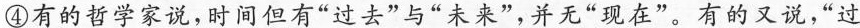
④有的哲学家说，时间但有”过去”与”未来”，并无”现在”。有的又说，”过